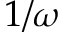
1 / \omega